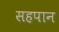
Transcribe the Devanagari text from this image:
सहपान